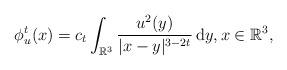
LaTeX: \begin{align*} \phi_u^{t}(x)=c_{t}\int_{{\mathbb{R}}^3}\frac{u^2(y)}{|x-y|^{3-2t}}\,\mathrm{d}y,x\in \mathbb{R}^{3},\end{align*}